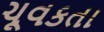
ચૂવકતા